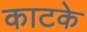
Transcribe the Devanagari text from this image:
काटके